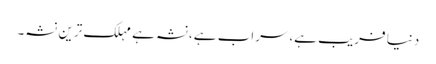
دنیا فریب ہے،سراب ہے،نشہ ہے مہلک ترین نشہ۔